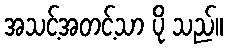
အသင့်အတင့်သာ ပို သည်။